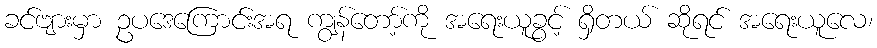
ခင်ဗျားမှာ ဥပဒေကြောင်းအရ ကျွန်တော့်ကို အရေးယူခွင့် ရှိတယ် ဆိုရင် အရေးယူလေ၊